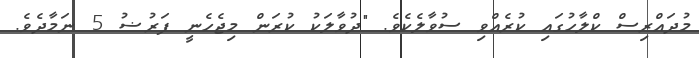
މުދައްރިސް ކްލާހުގައި ކުރެއްވި ސުވާލެކެވެ. "ދުވާލަކު ކުރަން މިޖެހެނީ ފަރުޟު 5 ނަމާދެވެ.